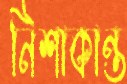
নিশাকান্ত